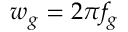
w _ { g } = 2 \pi f _ { g }